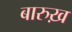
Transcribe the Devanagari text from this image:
बारुख़